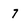
Character: 7